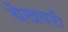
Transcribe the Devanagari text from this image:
बेखबरी